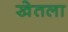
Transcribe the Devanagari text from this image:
खेतला